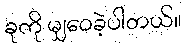
ခုကို မျှဝေခဲ့ပါတယ်။